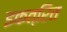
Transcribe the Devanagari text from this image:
इकत्रित